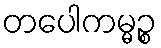
တပေါကမ္မဉ္စ